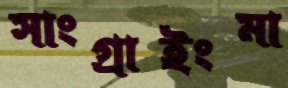
সাংগ্রাইংমা